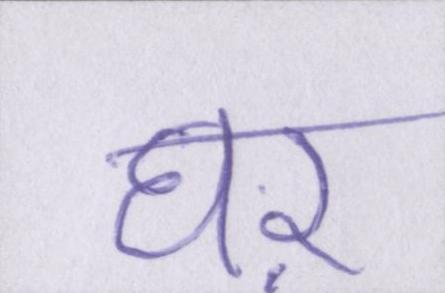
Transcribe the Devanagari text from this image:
घऱ